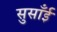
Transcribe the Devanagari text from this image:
सुसाँई